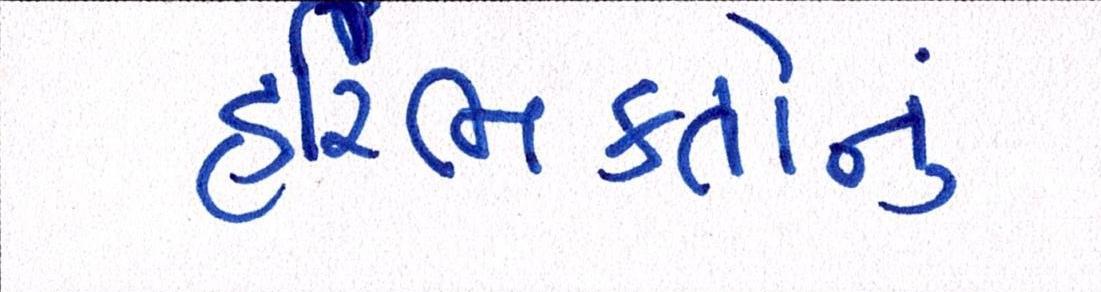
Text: હરિભક્તોનું